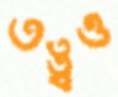
তত্ত্বও